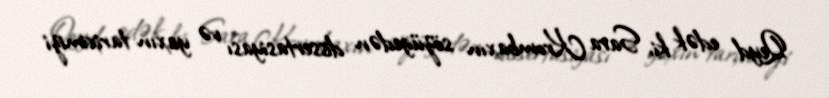
Qeyd edək ki, Sara Krombaxın sözügedən dissertasiyası və yaxın tariximizi